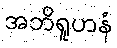
အဘိရူဟနံ